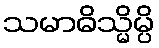
သမာဓိသ္မိမ္ပိ